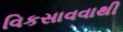
વિકસાવવાથી